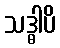
သဒ္ဓါပိ